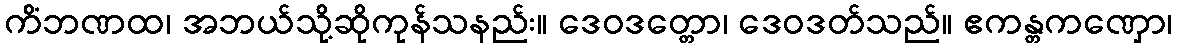
ကိံဘဏထ၊ အဘယ်သို့ဆိုကုန်သနည်း။ ဒေဝဒတ္တော၊ ဒေဝဒတ်သည်။ ဧကန္တကဏှော၊